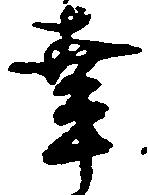
幸